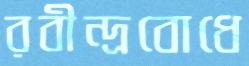
রবীন্দ্রবোধে